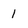
Character: 1